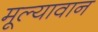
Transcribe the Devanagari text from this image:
मूल्‍यावान